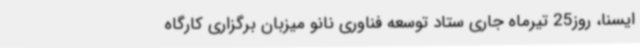
ایسنا، روز25 تیرماه جاری ستاد توسعه فناوری نانو میزبان برگزاری کارگاه